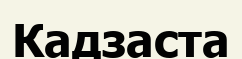
Кадзаста